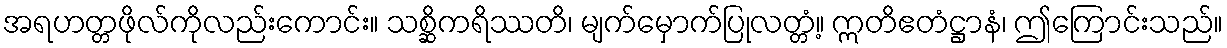
အရဟတ္တဖိုလ်ကိုလည်းကောင်း။ သစ္ဆိကရိဿတိ၊ မျက်မှောက်ပြုလတ္တံ့။ ဣတိဧတံဋ္ဌာနံ၊ ဤကြောင်းသည်။